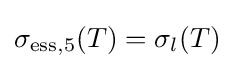
\sigma _{\mathrm {ess} ,5}(T)=\sigma _{l}(T)